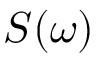
S ( \omega )